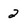
Character: 2